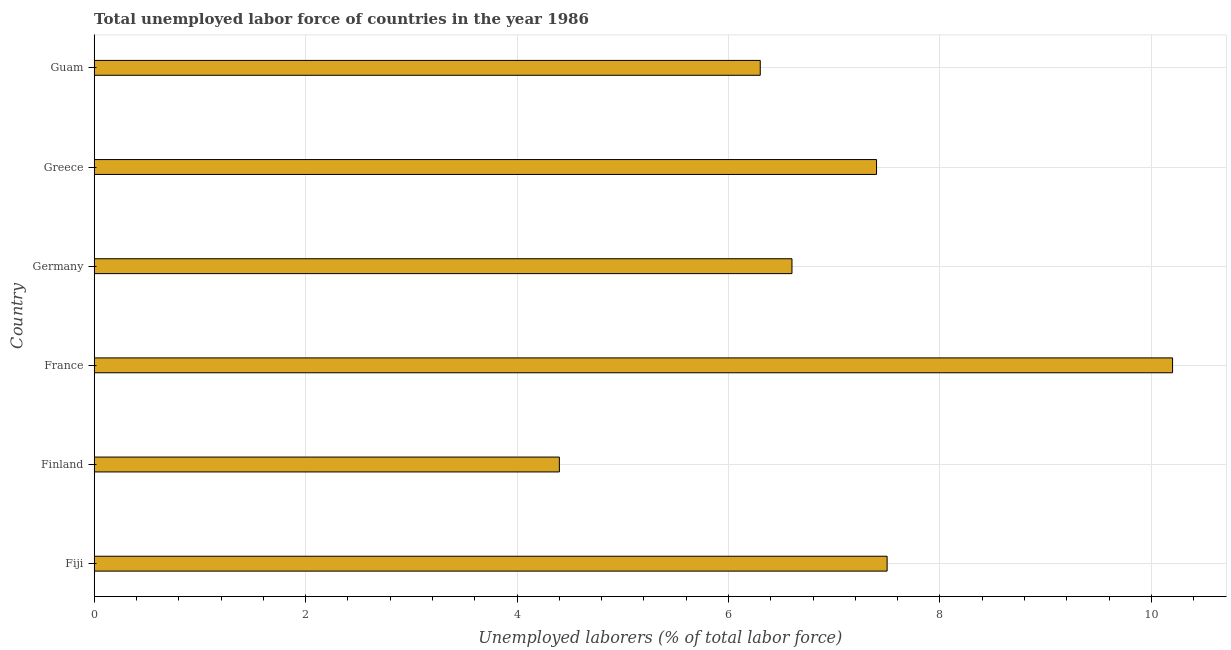
| Country | Unemployment total |
 | --- | --- |
 | Fiji | 7.5 |
 | Finland | 4.4 |
 | France | 10.2 |
 | Germany | 6.6 |
 | Greece | 7.4 |
 | Guam | 6.3 |